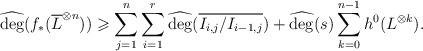
LaTeX: \begin{align*}\widehat{\deg}(f_*(\overline L^{\otimes n}))\geqslant\sum_{j=1}^n\sum_{i=1}^r\widehat{\deg}(\overline{I_{i,j}/I_{i-1,j}})+\widehat{\deg}(s)\sum_{k=0}^{n-1}h^0(L^{\otimes k}).\end{align*}